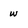
Character: w